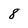
Character: 8